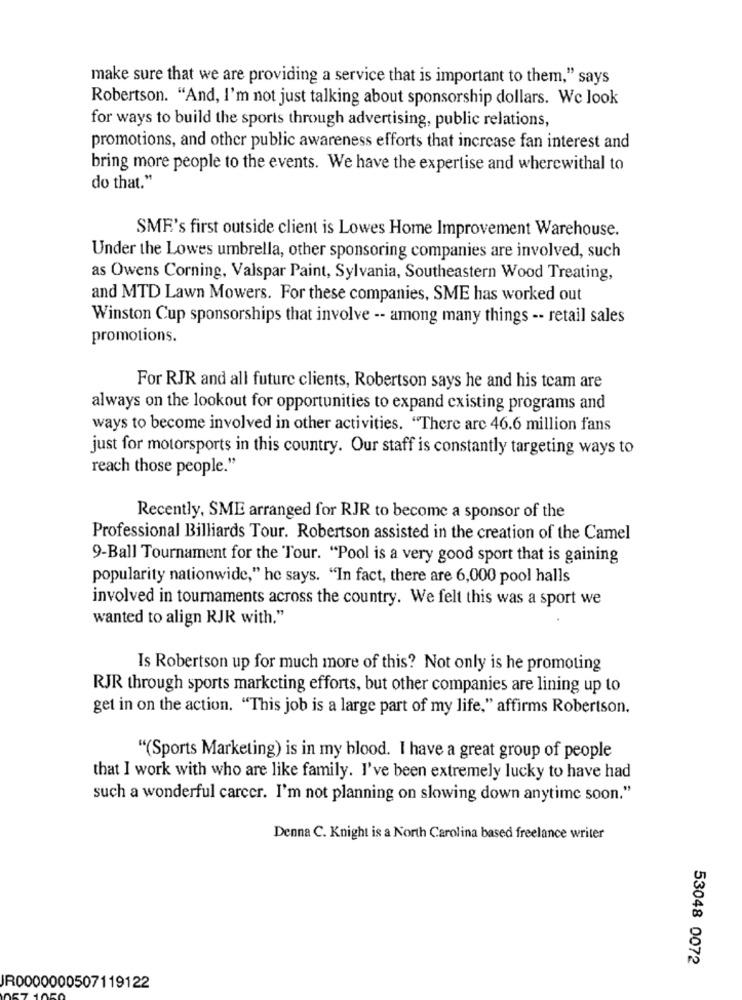
make sure that we are providing a service that is important to them," says
Robertson. "And, I'm not just talking about sponsorship dollars. We look
for ways to build the sports through advertising, public relations,
promotions, and other public awareness efforts that increase fan interest and
bring more people to the events. We have the expertise and wherewithal to
do that."
SME's first outside client is Lowes Home Improvement Warehouse.
Under the Lowes umbrella, other sponsoring companies are involved, such
as Owens Corning, Valspar Paint, Sylvania, Southeastern Wood Treating,
and MTD Lawn Mowers. For these companies, SME has worked out
Winston Cup sponsorships that involve -- among many things -- retail sales
promotions.
For RJR and all future clients, Robertson says he and his team are
always on the lookout for opportunities to expand existing programs and
ways to become involved in other activities. "There are 46.6 million fans
just for motorsports in this country. Our staff is constantly targeting ways to
reach those people."
Recently, SME arranged for RJR to become a sponsor of the
Professional Billiards Tour. Robertson assisted in the creation of the Camel
9-Ball Tournament for the Tour. "Pool is a very good sport that is gaining
popularity nationwide," he says. "In fact, there are 6,000 pool halls
involved in tournaments across the country. We felt this was a sport we
wanted to align RJR with."
Is Robertson up for much more of this? Not only is he promoting
RJR through sports marketing efforts, but other companies are lining up to
get in on the action. "This job is a large part of my life," affirms Robertson.
"(Sports Marketing) is in my blood. I have a great group of people
that I work with who are like family. I've been extremely lucky to have had
such a wonderful carcer. I'm not planning on slowing down anytime soon."
Denna C. Knight is a North Carolina based freelance writer
53048 0072
JR0000000507119122